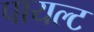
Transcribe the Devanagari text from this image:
पायल्ट